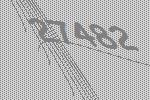
27482